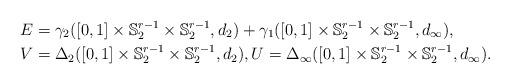
LaTeX: \begin{align*} E &= \gamma_2([0,1] \times \mathbb{S}_2^{r-1} \times \mathbb{S}_2^{r-1},d_2) + \gamma_1([0,1] \times \mathbb{S}_2^{r-1} \times \mathbb{S}_2^{r-1}, d_\infty), \\ V &= \Delta_2([0,1] \times \mathbb{S}_2^{r-1} \times \mathbb{S}_2^{r-1},d_2), U= \Delta_\infty([0,1] \times \mathbb{S}_2^{r-1} \times \mathbb{S}_2^{r-1},d_\infty).\end{align*}